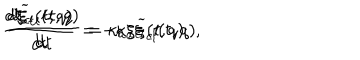
\frac { d \xi _ { c l } ( t , q ) } { d t } = - \kappa _ { a } { \widetilde \xi } _ { c l } ( t , q ) , \hspace { 1 . 0 i n } \frac { d { \widetilde \xi } _ { c l } ( t , q ) } { d t } = \kappa _ { a } \xi _ { c l } ( t , q )